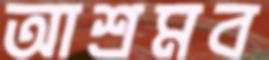
আশ্রমব